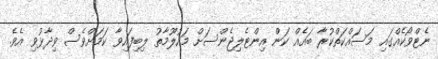
ނެޓްވޯކެއްގައި މަސައްކަތްކުރާ ބައެއް ކަން އިންޓެލިޖެންސަށް މައުލޫމާތު ލިބިފައިވާ ކަމަށްވެސް ވިދާޅުވި އެވެ.